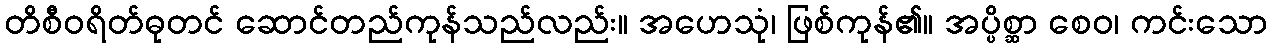
တိစီဝရိတ်ဓုတင် ဆောင်တည်ကုန်သည်လည်း။ အဟေသုံ၊ ဖြစ်ကုန်၏။ အပ္ပိစ္ဆာ စေဝ၊ ကင်းသော